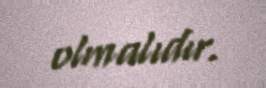
olmalıdır.